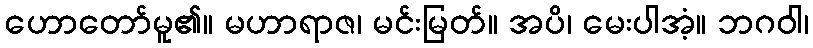
ဟောတော်မူ၏။ မဟာရာဇ၊ မင်းမြတ်။ အပိ၊ မေးပါအံ့။ ဘဂဝါ၊